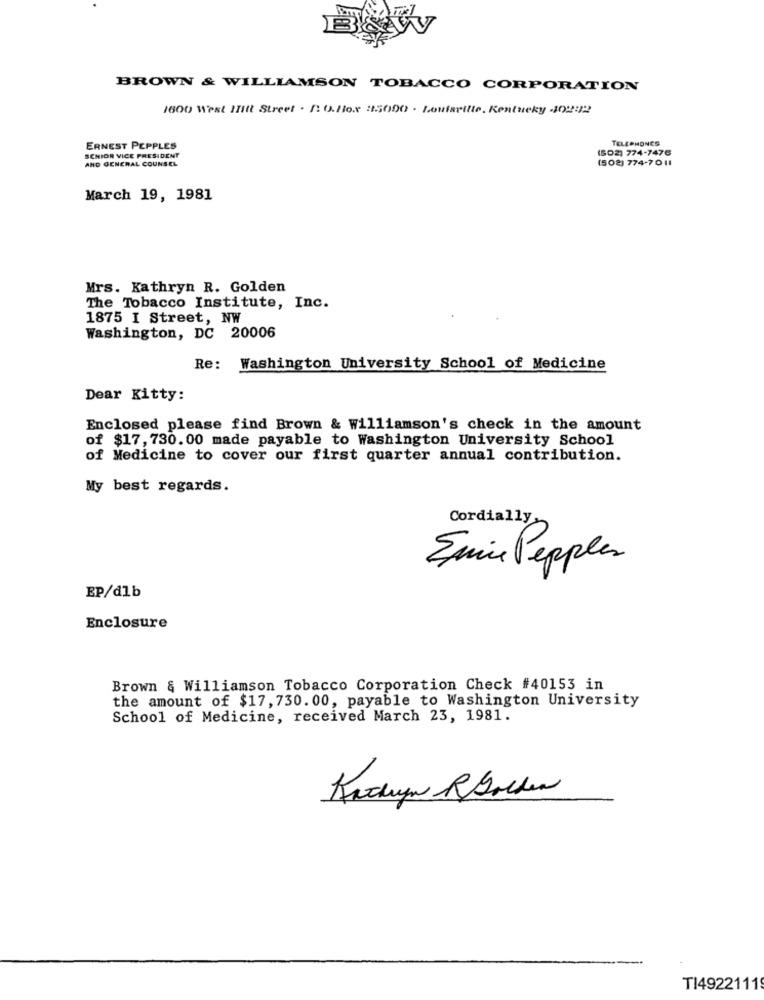
BROWN & WILLIAMSON TOBACCO CORPORATION
1600 West IItt Street . / O.Hox 2155000 . Loufarilte. Kentucky 4102:22
TELEPHONES
ERNEST PEPPLES
(S02) 774-7476
SCHIOR VICE PRESIDENT
AND GENERAL COUNSEL
(502) 774-7011
March 19, 1981
Mrs. Kathryn R. Golden
The Tobacco Institute, Inc.
1875 I Street, NW
Washington, DC 20006
Re:
Washington University School of Medicine
Dear Kitty:
Enclosed please find Brown & Williamson's check in the amount
of $17, 730. 00 made payable to Washington University School
of Medicine to cover our first quarter annual contribution.
My best regards.
Cordially
Emine Pepples
EP/dlb
Enclosure
Brown & Williamson Tobacco Corporation Check #40153 in
the amount of $17, 730.00, payable to Washington University
School of Medicine, received March 23, 1981.
TI4922111